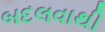
બદલવાથી